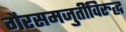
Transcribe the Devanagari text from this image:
गैरसमजुतींविरुद्ध